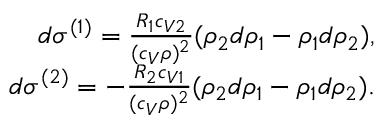
\begin{array} { r } { d \sigma ^ { ( 1 ) } = \frac { R _ { 1 } c _ { V 2 } } { ( c _ { V } \rho ) ^ { 2 } } ( \rho _ { 2 } d \rho _ { 1 } - \rho _ { 1 } d \rho _ { 2 } ) , } \\ { d \sigma ^ { ( 2 ) } = - \frac { R _ { 2 } c _ { V 1 } } { ( c _ { V } \rho ) ^ { 2 } } ( \rho _ { 2 } d \rho _ { 1 } - \rho _ { 1 } d \rho _ { 2 } ) . } \end{array}